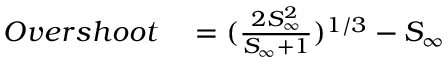
\begin{array} { r l } { O v e r s h o o t } & { { } = ( \frac { 2 S _ { \infty } ^ { 2 } } { S _ { \infty } + 1 } ) ^ { 1 / 3 } - S _ { \infty } } \end{array}